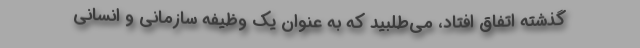
گذشته اتفاق افتاد، می‌طلبید که به عنوان یک وظیفه سازمانی و انسانی